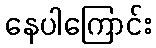
နေပါကြောင်း